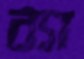
ব্যা